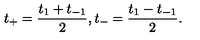
t _ { + } = \frac { t _ { 1 } + t _ { - 1 } } { 2 } , t _ { - } = \frac { t _ { 1 } - t _ { - 1 } } { 2 } .